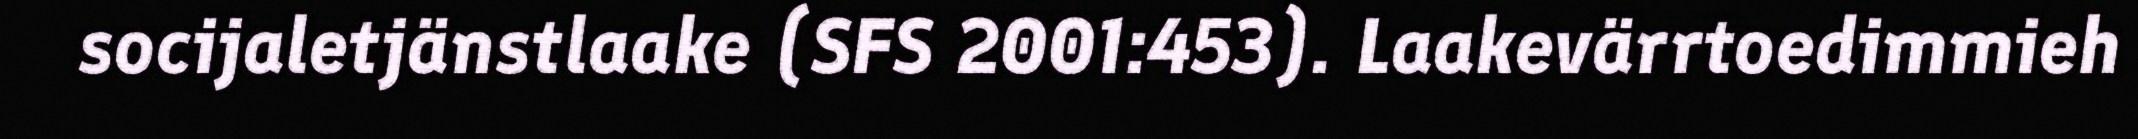
socijaletjänstlaake (SFS 2001:453). Laakevärrtoedimmieh